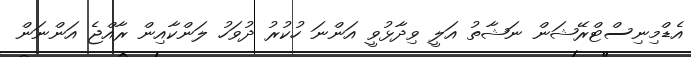
އެޑްމިނިސްޓްރޭޝަން ނަޝާތު އަލީ ވިދާޅުވީ އަންނަ ހުކުރު ދުވަހު ލަންކާއިން ރާއްޖެ އަންނަން